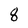
Character: 8